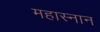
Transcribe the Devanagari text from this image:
महास्नान